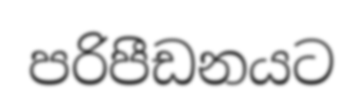
පරිපීඩනයට